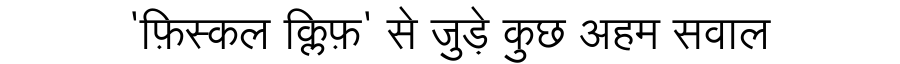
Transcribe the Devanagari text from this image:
'फ़िस्कल क्लिफ़' से जुड़े कुछ अहम सवाल